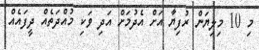
މި 10 މިލިޔަން ރުފިޔާ އަށް އެދުމަށް އަދި ވަކި މުއްދަތެއް ދީފައެއް